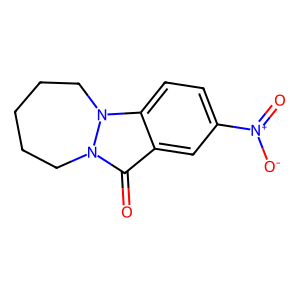
SMILES: O=c1c2cc([N+](=O)[O-])ccc2n2n1CCCCC2
Inhibits HIV replication: No